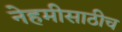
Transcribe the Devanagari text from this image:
नेहमीसाठीच